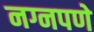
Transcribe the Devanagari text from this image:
नग्नपणे